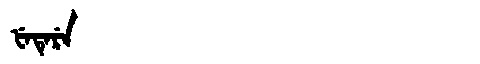
Manchu: ᡶᡝᡨᡝᡵᡝ
Romanization: FETERE